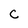
Character: C